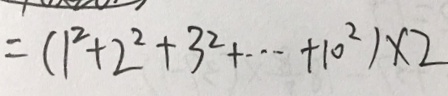
= ( 1 ^ { 2 } + 2 ^ { 2 } + 3 ^ { 2 } + \cdots + 1 0 ^ { 2 } ) \times 2